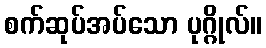
စက်ဆုပ်အပ်သော ပုဂ္ဂိုလ်။